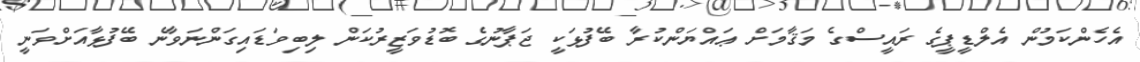
އެހެންކަމުން އެލްޑީޕީގެ ރައީސްގެ މަޤާމަށް ޢައްޔަންކުރާ ބޭފުޅަކީ ޖަޕާނުގެ ބޮޑުވަޒީރުކަން ލިބިވަޑައިގަންނަވާނެ ބޭފުޅާއަށްވަނީ